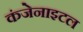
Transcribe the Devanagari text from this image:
कंजेनाइटल